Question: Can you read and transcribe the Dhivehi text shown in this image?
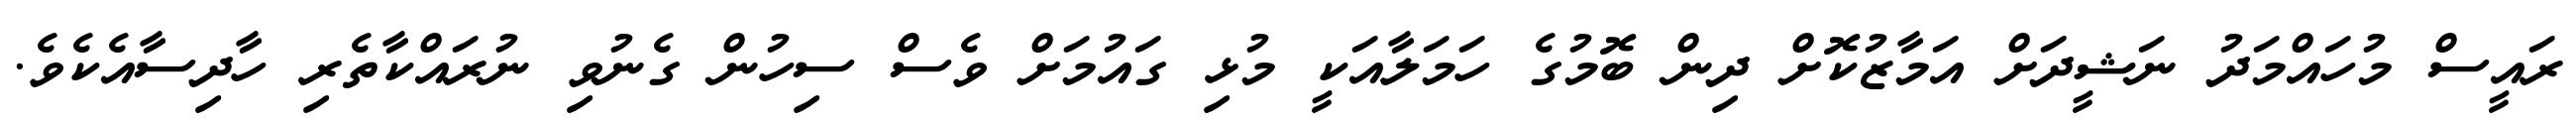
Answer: ރައީސް މުހައްމަދު ނަޝީދަށް އަމާޒުކޮށް ދިން ބޮމުގެ ހަމަލާއަކީ މުޅި ގައުމަށް ވެސް ސިހުން ގެނުވި ނުރައްކާތެރި ހާދިސާއެކެވެ.